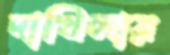
দাখিলায়